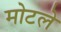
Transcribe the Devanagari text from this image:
मोटले